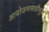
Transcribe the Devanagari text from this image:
आयोजनासाठीसुद्धा